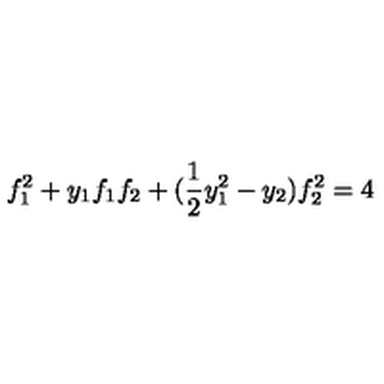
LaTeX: f _ { 1 } ^ { 2 } + y _ { 1 } f _ { 1 } f _ { 2 } + ( \frac { 1 } { 2 } y _ { 1 } ^ { 2 } - y _ { 2 } ) f _ { 2 } ^ { 2 } = 4